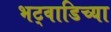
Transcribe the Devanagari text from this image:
भट्वाडिच्या